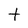
Character: t